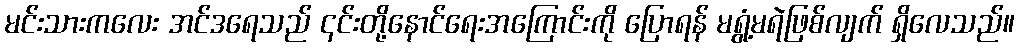
မင်းသားကလေး အင်ဒရေသည် ၎င်းတို့နောင်ရေးအကြောင်းကို ပြောရန် မရွံ့မရဲဖြစ်လျက် ရှိလေသည်။